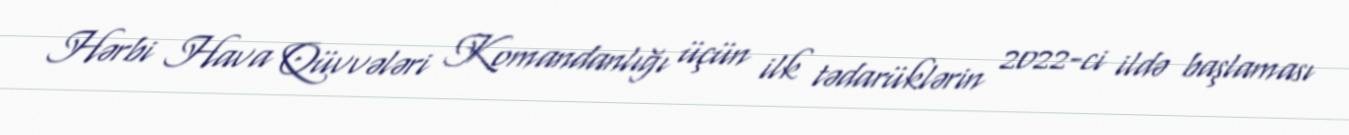
Hərbi Hava Qüvvələri Komandanlığı üçün ilk tədarüklərin 2022-ci ildə başlaması